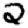
Digit: 2